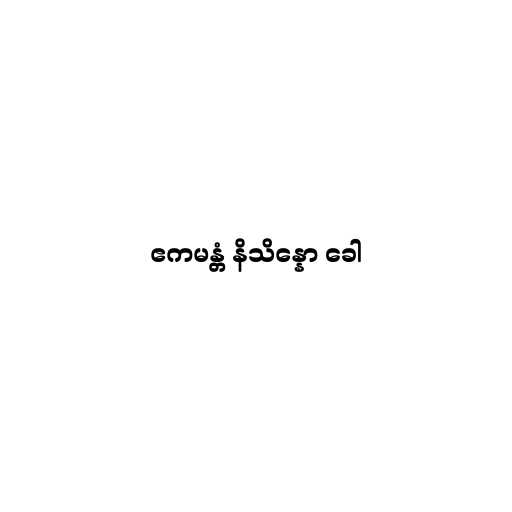
ဧကမန္တံ နိသိန္နော ခေါ